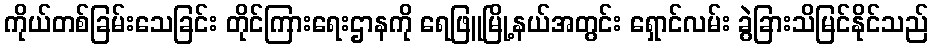
ကိုယ်တစ်ခြမ်းသေခြင်း တိုင်ကြားရေးဌာနကို ရေဖြူမြို့နယ်အတွင်း ရှောင်လမ်း ခွဲခြားသိမြင်နိုင်သည်